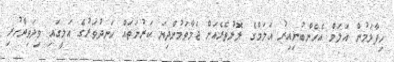
ހިފާލަމުން އަލަމް އެހެންބުނިއިރު އަލަމްގެ ލޮލުތެރެއަށް ޖަމާވަމުންދިޔަ ކަރުނަތައް ހަނދުވަރުގެ އަލީގައި ވިދަވިދާހުރި